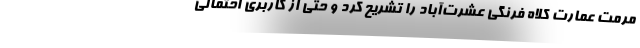
مرمت عمارت کلاه فرنگی عشرت‌آباد را تشریح کرد و حتی از کاربری احتمالی